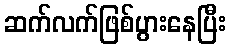
ဆက်လက်ဖြစ်ပွားနေပြီး